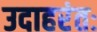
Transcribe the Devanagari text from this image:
उदाहरंतः